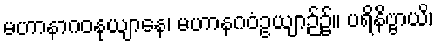
မဟာနာဂဝနုယျာနေ၊ မဟာနဂဝံဥယျာဉ်၌။ ပရိနိဗ္ဗာယိ၊